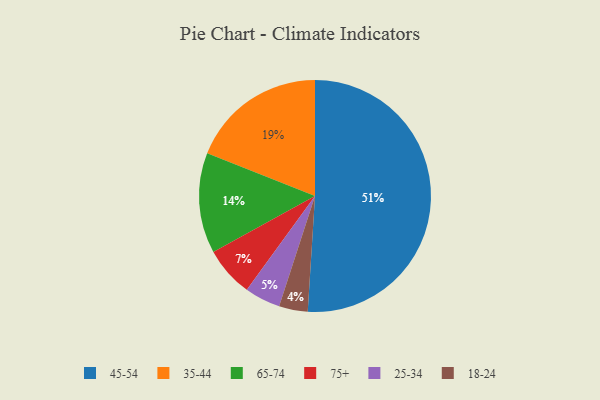
{"axis": {"x": "Category", "y": "Percentage"}, "legend": ["18-24", "25-34", "35-44", "45-54", "65-74", "75+"], "data": [{"x": "35-44", "y": 19, "type": "35-44"}, {"x": "25-34", "y": 5, "type": "25-34"}, {"x": "45-54", "y": 51, "type": "45-54"}, {"x": "65-74", "y": 14, "type": "65-74"}, {"x": "75+", "y": 7, "type": "75+"}, {"x": "18-24", "y": 4, "type": "18-24"}]}